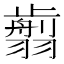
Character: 𦒕